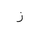
Letter: _zay